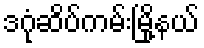
ဒဂုံဆိပ်ကမ်းမြို့နယ်